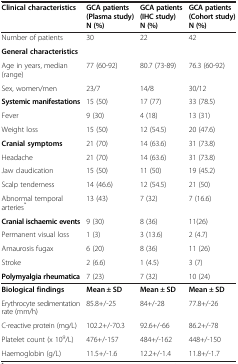
<table><thead><tr><td><b>Clinical characteristics</b></td><td><b>GCA patients (Plasma study) N (%)</b></td><td><b>GCA patients (IHC study) N (%)</b></td><td><b>GCA patients (Cohort study) N (%)</b></td></tr></thead><tbody><tr><td>Number of patients</td><td>30</td><td>22</td><td>42</td></tr><tr><td><b>General characteristics</b></td><td></td><td></td><td></td></tr><tr><td>Age in years, median (range)</td><td>77 (60-92)</td><td>80.7 (73-89)</td><td>76.3 (60-92)</td></tr><tr><td>Sex, women/men</td><td>23/7</td><td>14/8</td><td>30/12</td></tr><tr><td><b>Systemic manifestations</b></td><td>15 (50)</td><td>17 (77)</td><td>33 (78.5)</td></tr><tr><td>Fever</td><td>9 (30)</td><td>4 (18)</td><td>13 (31)</td></tr><tr><td>Weight loss</td><td>15 (50)</td><td>12 (54.5)</td><td>20 (47.6)</td></tr><tr><td><b>Cranial symptoms</b></td><td>21 (70)</td><td>14 (63.6)</td><td>31 (73.8)</td></tr><tr><td>Headache</td><td>21 (70)</td><td>14 (63.6)</td><td>31 (73.8)</td></tr><tr><td>Jaw claudication</td><td>15 (50)</td><td>11 (50)</td><td>19 (45.2)</td></tr><tr><td>Scalp tenderness</td><td>14 (46.6)</td><td>12 (54.5)</td><td>21 (50)</td></tr><tr><td>Abnormal temporal arteries<sup>*</sup></td><td>13 (43)</td><td>7 (32)</td><td>7 (16.6)</td></tr><tr><td><b>Cranial ischaemic events</b></td><td>9 (30)</td><td>8 (36)</td><td>11(26)</td></tr><tr><td>Permanent visual loss</td><td>1 (3)</td><td>3 (13.6)</td><td>2 (4.7)</td></tr><tr><td>Amaurosis fugax</td><td>6 (20)</td><td>8 (36)</td><td>11 (26)</td></tr><tr><td>Stroke</td><td>2 (6.6)</td><td>1 (4.5)</td><td>3 (7)</td></tr><tr><td><b>Polymyalgia rheumatica</b></td><td>7 (23)</td><td>7 (32)</td><td>10 (24)</td></tr><tr><td><b>Biological findings</b></td><td><b>Mean ± SD</b></td><td><b>Mean ± SD</b></td><td><b>Mean ± SD</b></td></tr><tr><td>Erythrocyte sedimentation rate (mm/h)</td><td>85.8+/-25</td><td>84+/-28</td><td>77.8+/-26</td></tr><tr><td>C-reactive protein (mg/L)</td><td>102.2+/-70.3</td><td>92.6+/-66</td><td>86.2+/-78</td></tr><tr><td>Platelet count (x 10<sup>9</sup>/L)</td><td>476+/-157</td><td>484+/-162</td><td>448+/-150</td></tr><tr><td>Haemoglobin (g/L)</td><td>11.5+/-1.6</td><td>12.2+/-1.4</td><td>11.8+/-1.7</td></tr></tbody></table>